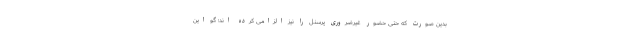
بدین صورت که حتی حضور غیرضروری پرسنل را نیز الزامی کرده اند؛ گو این